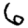
Digit: 6